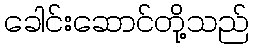
ခေါင်းဆောင်တို့သည်